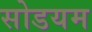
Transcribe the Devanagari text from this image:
सोडयम